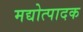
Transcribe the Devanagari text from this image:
मद्योत्पादक